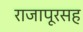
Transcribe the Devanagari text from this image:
राजापूरसह